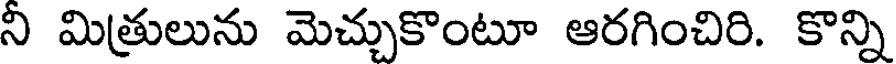
ని మిత్రులును మెచ్చుకొంటూ ఆరగించిరి. కొన్ని